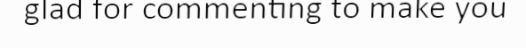
glad for commenting to make you